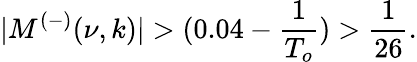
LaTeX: |M^{(-)}(\nu,k)|>(0.04-\frac{1}{T_{o}})>\frac{1}{26}.